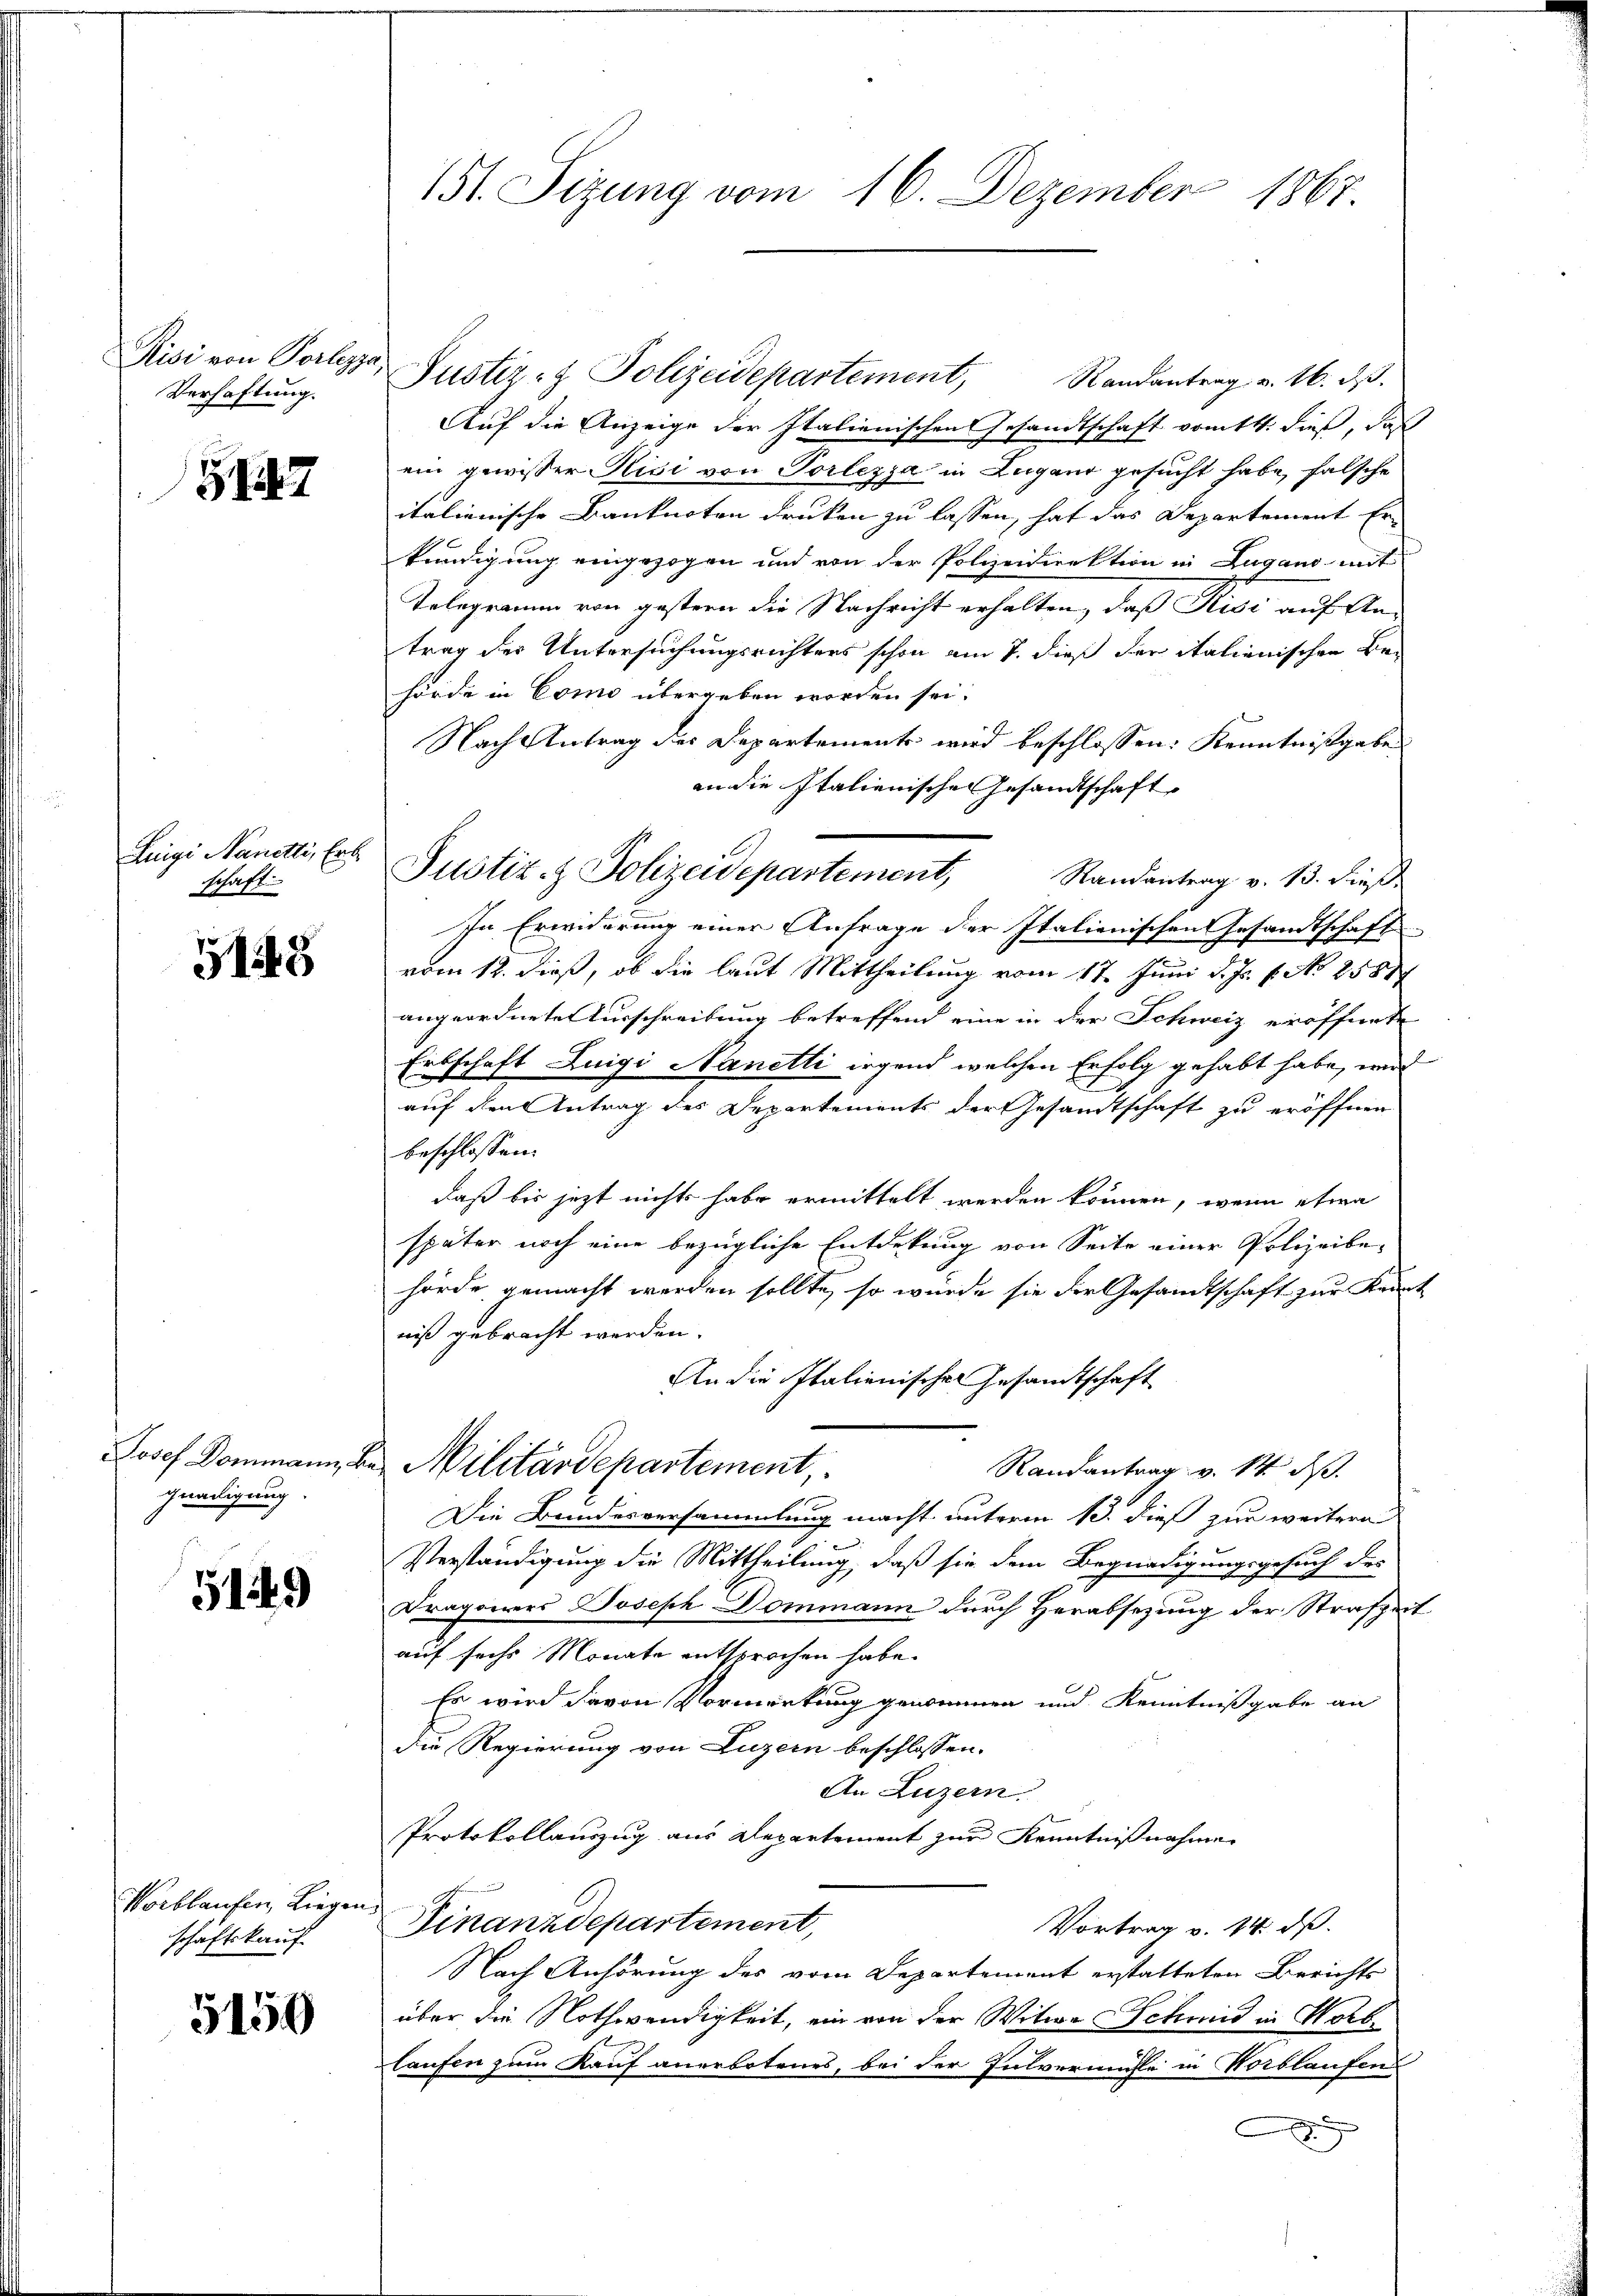
Risi von Perlezza,
Verhaftung.

17

Luigi Nanetti, Erb
schaft.

51248

gnadigung.

5149

Worblaufen Liegen.
schäftskauf

5159

151. Sizung vom 16. Dezember 1867

Justiz- & Polizeidepartement, Randantrag v. 16. dβ.
Auf die Anzeige der Italienischen Gesandtschaft vom 14. dieß, daß
ein gewisser Kisi von Porlezza in Zugano gesucht habe, falsche
italienische Banknoten drucken zu lassen, hat das Departement Er-
kündigung eingezogen und von der Polizeidirektion in Zugano mit
Telegramm von gestern die Nachricht erhalten, daß Risi auf An-
trag der Untersuchungsrichtens schon am 7. dieß der italienischen Be-
hörde in Como übergeben worden sei.
Nach Antrag des Departements wird beschlossen: Kenntnißgabe
an die Italienischen Gesandtschaft
In Erwiderung einer Anfrage der Italienischen Gesandtschaft
vom 12. dieß, ob die laut Mittheilung vom 17. Juni d. Js. f. No 2587
angeordnete Turschreibung betreffend eine in der Schweiz eröffnete
Erbschaft Luigi Nanetti irgend welchen Erfolg gehabt habe, wird
auf den Antrag des Departements der Gesandtschaft zu eröffnen
beschlossen:
daß bis jetzt nichts habe ermittelt werden können, wenn etwa
später noch eine bezügliche Entdekung von Seite einer Polizeibehörde gemacht werden sollte, so würde sie der Gesandtschaft zur Kennt
niß gebracht werden.
An die Italienisches Gesandtschaft
Josef Dommann, da Militärdepartement,
Randantrag v. 14. ds.
Die Bundesversammlung macht unterm 13. dieß zur weitern
Verständigung die Mittheilung, daß sie dem Begnadigungsgesuch des
Kragserers Joseph Dommann durch Verabsezung der Strafzeit
auf sechs Monate entsprochen habe.
Es wird davon Vormerkung genommen und Kenntnißgabe an
die Regierung von Luzern beschlossen:
An Luzern.
Protokollauszug aus Departement zur Kenntnißnahmen
Finanzdepartement,
Vortrag v. 14. dß.
Nach Anhörung des vom Departement erstatteten Berichts
über die Nothwendigkeit, ein von der Witwe Schmid in Horblaufen zum Kauf anerbotenes, bei der Pulvermühle in Wortlaufen
8

Justiz- & Polizeidepartement, Randantrag v. 13. dieß.